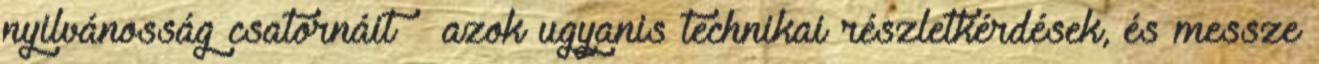
nyilvánosság csatornáit – azok ugyanis technikai részletkérdések, és messze